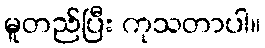
မူတည်ပြီး ကုသတာပါ။